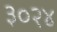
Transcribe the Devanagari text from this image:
३०२४